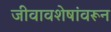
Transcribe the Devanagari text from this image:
जीवावशेषांवरून